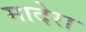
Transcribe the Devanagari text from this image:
मादेरा